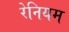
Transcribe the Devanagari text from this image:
रेनियम